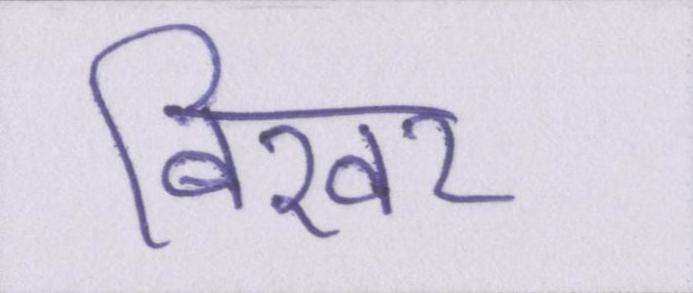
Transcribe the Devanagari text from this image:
बिखर